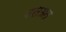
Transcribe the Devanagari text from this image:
वसअत